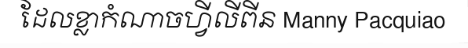
ដែលខ្លាកំណាចហ្វីលីពីន Manny Pacquiao